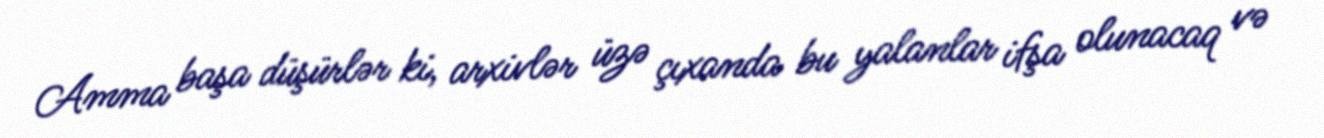
Amma başa düşürlər ki, arxivlər üzə çıxanda bu yalanlar ifşa olunacaq və